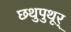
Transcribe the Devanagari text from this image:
छथुपुथूर्